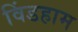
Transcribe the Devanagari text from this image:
विंडहाम